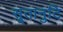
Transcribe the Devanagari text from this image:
सूतानुटि